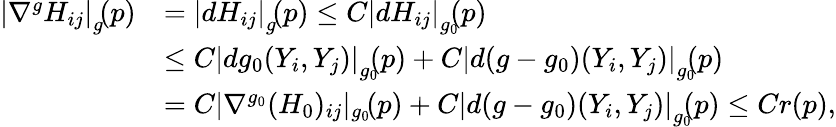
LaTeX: \begin{array}{rl}{\left|\nabla^{g}H_{ij}\right|_{g}\! (p)}&{=\left|dH_{ij}\right|_{g}\! (p)\leq C\left|dH_{ij}\right|_{g_{0}}\! \! (p)}\\ &{\leq C\left|dg_{0}(Y_{i},Y_{j})\right|_{g_{0}}\! \! (p)+C\left|d(g-g_{0})(Y_{i},Y_{j})\right|_{g_{0}}\! \! (p)}\\ &{=C|\nabla^{g_{0}}(H_{0})_{ij}|_{g_{0}}\! (p)+C\left|d(g-g_{0})(Y_{i},Y_{j})\right|_{g_{0}}\! \! (p)\leq Cr(p),}\end{array}